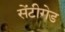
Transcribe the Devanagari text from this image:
सेंटीगेड